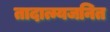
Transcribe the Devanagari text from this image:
तादात्म्यजनित